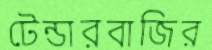
টেন্ডারবাজির